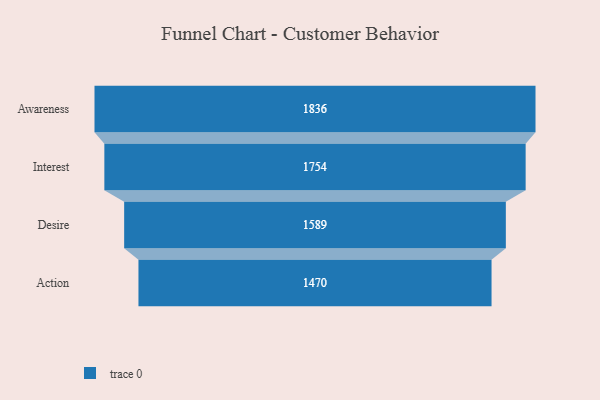
{"axis": {"x": "Stage", "y": "Value"}, "legend": [""], "data": [{"x": "Awareness", "y": 1836.0, "type": ""}, {"x": "Interest", "y": 1754.0, "type": ""}, {"x": "Desire", "y": 1589.0, "type": ""}, {"x": "Action", "y": 1470.0, "type": ""}]}